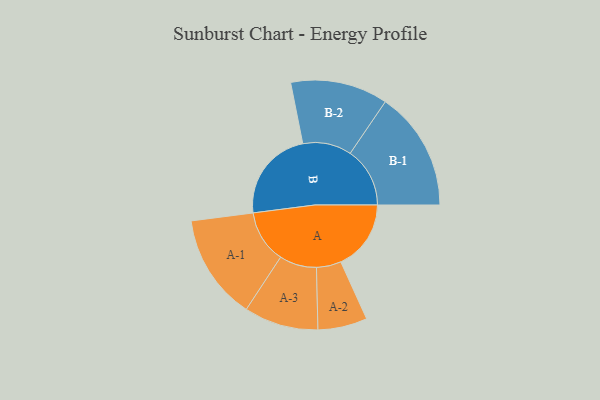
{"axis": {"x": "Segment", "y": "Value"}, "legend": ["", "A", "B"], "data": [{"x": "A", "y": 327, "type": ""}, {"x": "B", "y": 429, "type": ""}, {"x": "A-1", "y": 246, "type": "A"}, {"x": "A-2", "y": 115, "type": "A"}, {"x": "A-3", "y": 173, "type": "A"}, {"x": "B-1", "y": 278, "type": "B"}, {"x": "B-2", "y": 227, "type": "B"}]}